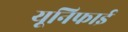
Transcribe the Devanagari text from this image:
यूनिफाई